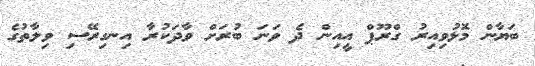
ބަޔާން މޮޅުވިއިރު ގްރޫޕް އީއިން ދެ ވަނަ ބުރަށް ވާދަކުރާ އިނގިރޭސި ވިލާތުގެ